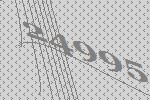
24995